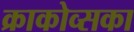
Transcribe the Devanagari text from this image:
क्राकोव्सका